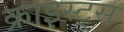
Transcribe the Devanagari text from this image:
क्राइस्ट्स